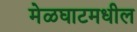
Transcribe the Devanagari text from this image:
मेळघाटमधील